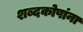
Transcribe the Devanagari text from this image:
शब्दकोषांना